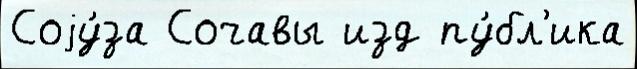
Соjу́за Сочавы изд пу́бл'ика